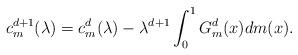
LaTeX: \begin{align*} c^{d+1}_m(\lambda) = c^d_m(\lambda) - \lambda^{d+1} \int_{0}^{1}G^d_m(x)dm(x). \end{align*}